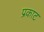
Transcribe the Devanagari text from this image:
प्रकाट